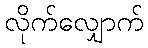
လိုက်လျှောက်